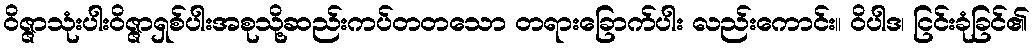
ဝိဇ္ဇာသုံးပါးဝိဇ္ဇာရှစ်ပါးအစုသို့ဆည်းကပ်တတသော တရားခြောက်ပါး လည်းကောင်း။ ဝိပါဒ၊ ငြင်းခုံခြင်၏